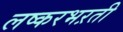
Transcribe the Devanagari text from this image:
लष्करभऱती